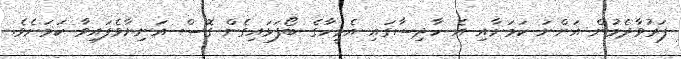
ފަރުވާދެމުން އަންނަ ކަމަށާއި އެ ހާދިސާގައި އެމީހާގެ ބޯފަޅައިގެން ގޮސް އަނިޔާވެފައިވާ ކަމަށެވެ.